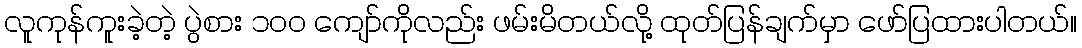
လူကုန်ကူးခဲ့တဲ့ ပွဲစား ၁၀၀ ကျော်ကိုလည်း ဖမ်းမိတယ်လို့ ထုတ်ပြန်ချက်မှာ ဖော်ပြထားပါတယ်။